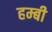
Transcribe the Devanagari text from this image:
हम्बी